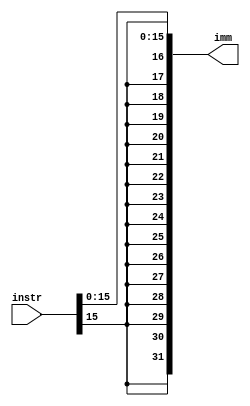
module extend(
	input [31:0] instr,
	output [31:0] imm
);

// Extenso de sinal
assign imm = { { 16{ instr[15] } }, instr[15:0] };

endmodule